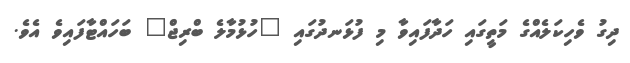
ދިގު ވެހިކަލެއްގެ މަތީގައި ހަދާފައިވާ މި ފުޅަނދުގައި "ހުޅުމާލެ ބްރިޖް" ބަހައްޓާފައިވެ އެވެ.